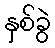
နှစ်ခွဲ